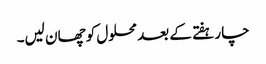
چار ہفتے کے بعد محلول کو چھان لیں۔